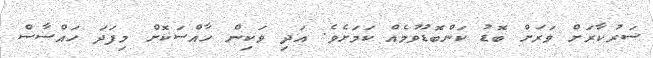
ސަރުކާރަށް ވަރަށް ބޮޑު ކަންބޮޑުވުމެއް ކަމަށެވެ. އަދި ވަކިން ހާއްސަކޮށް މިފަދަ ހައްސާސް